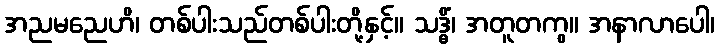
အညမညေဟိ၊ တစ်ပါးသည်တစ်ပါးတို့နှင့်။ သဒ္ဓိံ၊ အတူတကွ။ အနာလာပေါ၊